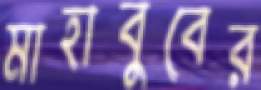
মাহাবুবের